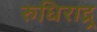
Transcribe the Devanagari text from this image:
रुधिराद्र्र